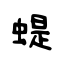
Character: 蝭